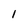
Character: l